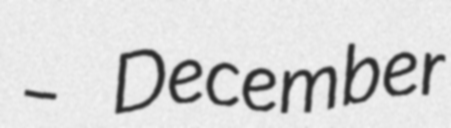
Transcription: – December